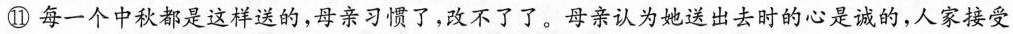
⑪每一个中秋都是这样送的，母亲习惯了，改不了了。母亲认为她送出去时的心是诚的，人家接受